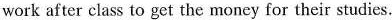
work after class to get the money for their studies.